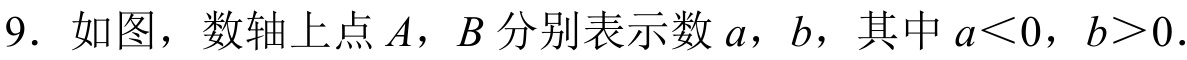
9. 如图，数轴上点\(A\)，\(B\)分别表示数\(a\)，\(b\)，其中 \(a < 0\)，\(b>0\).